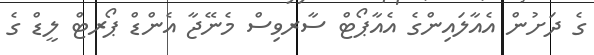
ގެ ދަށުން އެއާލައިންގެ އެއާޕޯޓް ސާރވިސް މެނޭޖާ އެންޑް ޕޯރޓް ލީޑް ގެ